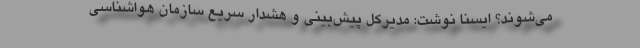
می‌شوند؟ ایسنا نوشت: مدیرکل پیش‌بینی و هشدار سریع سازمان هواشناسی